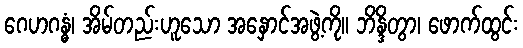
ဂေဟဂန္ဓံ၊ အိမ်တည်းဟူသော အနှောင်အဖွဲ့ကို။ ဘိန္ဒိတွာ၊ ဖောက်ထွင်း